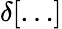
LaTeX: \delta[\dots]